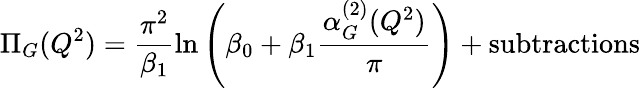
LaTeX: \Pi_{G}(Q^{2})=\frac{\pi^{2}}{\beta_{1}}\ln\left(\beta_{0}+\beta_{1}\frac{\alpha_{G}^{(2)}(Q^{2})}{\pi}\right)+\mathrm{subtractions}